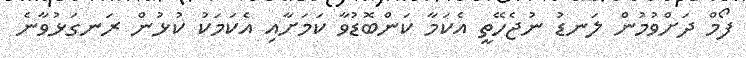
ފޯމް ދަށްވުމުން ލަނޑު ނުޖެހޭތީ އެކަމާ ކަންބޮޑުވާ ކަމަށާއި އެކަމަކު ކުޅުން ރަނގަޅުވާނެ